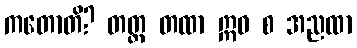
ကတောတိ? တတ္ထ တထာ ဣဓ စ အညထာ